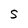
Character: S